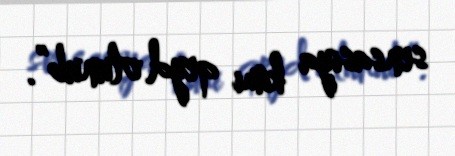
sensasiya kimi qeyd olunub”.